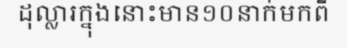
ដុល្លារក្នុងនោះមាន១០នាក់មកពី